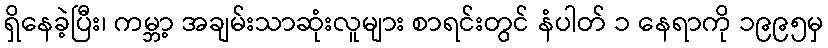
ရှိနေခဲ့ပြီး၊ ကမ္ဘာ့ အချမ်းသာဆုံးလူများ စာရင်းတွင် နံပါတ် ၁ နေရာကို ၁၉၉၅မှ